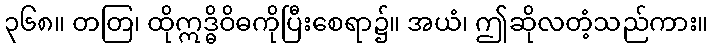
၃၆၈။ တတြ၊ ထိုဣဒ္ဓိဝိဓကိုပြီးစေရာ၌။ အယံ၊ ဤဆိုလတံ့သည်ကား။